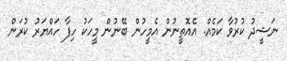
ނަޝީދު ކުރުވާ ކަމެއް. އެއޮތީނުން އެމީހުން ބޭނުން މީހަކު ހިފާ ހައްޔަރު ކުރަން